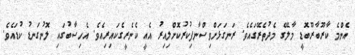
އެންމެ ކާރޫބާރޫބޮޑީ މާލޭގެ މެދުތެރޭގައެވެ. ރަނގަޅަށްވިސްނާފިކުރުކޮށްލިއިރު އެއީ ކެނެރީގެކައިރިއެވެ. އެހިސާބުގައި ލޮނުގަނޑު ކުޑައެވެ.